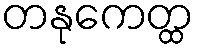
တနုကေတ္ထ